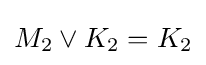
M_{2}\vee K_{2}=K_{2}